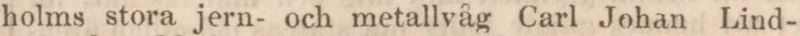
holms stora jern- och metallvåg Carl Johan Lind-